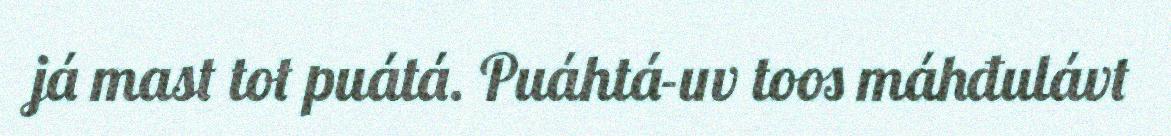
já mast tot puátá. Puáhtá-uv toos máhđulávt